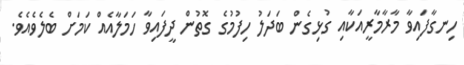
ހިނގާފައިވާ މާރާމާރީއަކާއި ގުޅިގެން ބަދަލު ހިފުމުގެ ގޮތުން ދީފައިވާ ހަމަލާއެއް ކަމަށް ބެލެވެއެވެ.